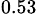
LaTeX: _{0.53}